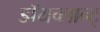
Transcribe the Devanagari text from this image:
डॉयच्लान्ट्